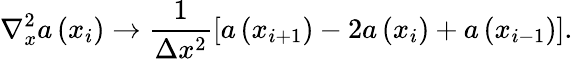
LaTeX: \nabla_{x}^{2}a\left(x_{i}\right)\rightarrow\frac{1}{\Delta x^{2}}\left[a\left(x_{i+1}\right)-2a\left(x_{i}\right)+a\left(x_{i-1}\right)\right].